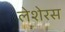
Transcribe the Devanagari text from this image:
लेशेरस